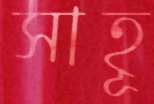
সাহূ